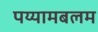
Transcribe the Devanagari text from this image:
पय्यामबलम